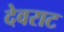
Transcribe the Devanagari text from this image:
देवराट